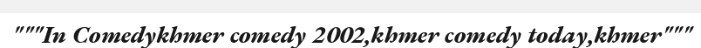
"""In Comedykhmer comedy 2002,khmer comedy today,khmer"""